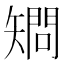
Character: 𥏿